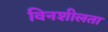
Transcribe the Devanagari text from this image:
विनशीलता